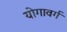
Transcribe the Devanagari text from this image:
योगावर्ग